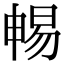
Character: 𣈱